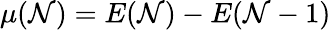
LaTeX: \mu(\mathcal{N})=E(\mathcal{N})-E(\mathcal{N}-1)